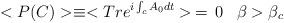
LaTeX: \begin{align*}<P(C)> \equiv <Tr e^{i\int _c A_0 dt}> \, = \, 0 \; \; \; \beta > \beta _c\end{align*}